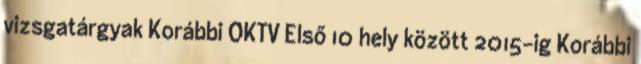
vizsgatárgyak Korábbi OKTV Első 10 hely között 2015-ig Korábbi